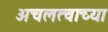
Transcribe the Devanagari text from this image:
अचलत्वाच्या